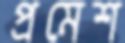
প্রমেশ